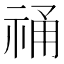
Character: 𮁾